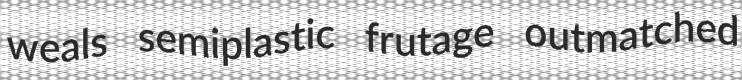
weals semiplastic frutage outmatched